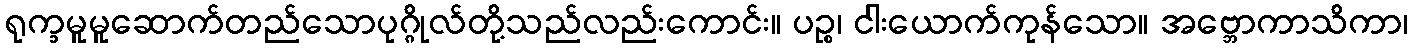
ရုက္ခမူမူဆောက်တည်သောပုဂ္ဂိုလ်တို့သည်လည်းကောင်း။ ပဉ္စ၊ ငါးယောက်ကုန်သော။ အဗ္ဘောကာသိကာ၊